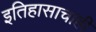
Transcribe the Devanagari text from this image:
इतिहासाचाही